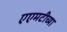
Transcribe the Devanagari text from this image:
एएमटीच्या